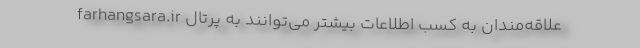
علاقه‌مندان به کسب اطلاعات بیشتر می‌توانند به پرتال farhangsara.ir